Lunatic asylums Central Provinces reports 1895-1909 - 1895-1909
Year: 1895
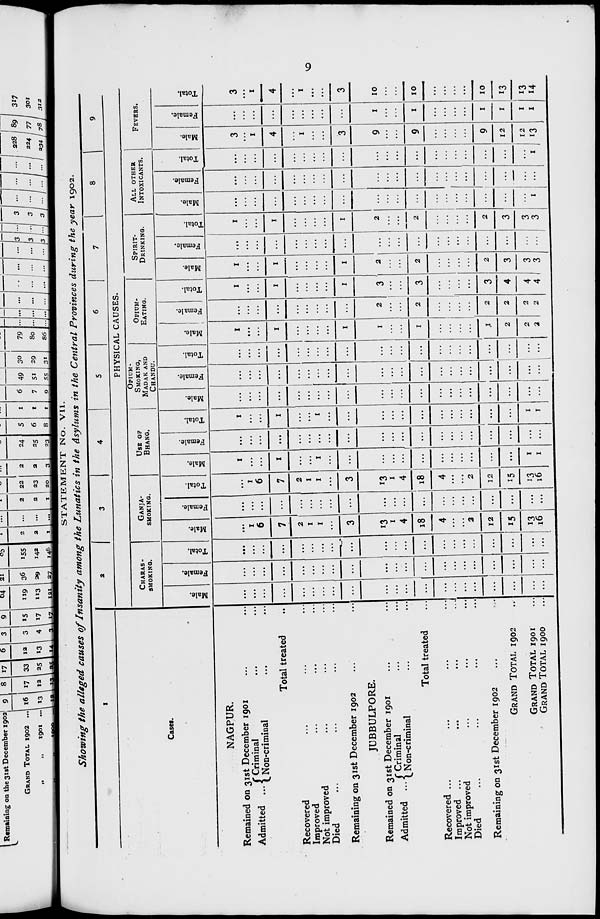
9
STATEMENT No. VII.
Showing the alleged causes of Insanity among the Lunatics in the Asylums in the Central Provinces during the year 1902.
1
Cases.
NAGPUR.
Remained on 31st December 1901 ... ...
Admitted ... Criminal ... ...
Non-criminal ... ...
Total treated ...
Recovered ... ... ...
Improved ... ... ...
Not improved ... ... ...
Died ... ... ... ...
Remaining on 31st December 1902 ... ...
JUBBULPORE.
Remained on 31st December 1901 ... ...
Admitted ... Criminal ... ...
Non-criminal ... ...
Total treated ...
Recovered ... ... ... ...
Improved ...
...
...
Not improved ... ... ... ...
Died
...
...
...
...
Remaining on 31st December 1902 ... ...
GRAND TOTAL 1902 ...
GRAND TOTAL 1901 ...
GRAND TOTAL 1900 ...
2
3
4
5
6
7
8
9
PHYSICAL CAUSES.
CHARAS-
SMOKING.
Male.
...
...
...
...
...
...
...
...
...
...
...
...
...
...
...
...
...
...
...
...
...
Female.
...
...
...
...
...
...
...
...
...
...
...
...
...
...
...
...
...
...
...
...
...
Total.
...
...
...
...
...
...
...
...
...
...
...
...
...
...
...
...
...
...
...
...
...
GANJA-
SMOKING.
Male.
...
1
6
7
2
1
1
...
3
13
1
4
18
4
...
...
2
12
15
13
16
Female.
...
...
...
...
...
...
...
...
...
...
...
...
...
...
...
...
...
...
...
...
...
Total.
...
1
6
7
2
1
1
...
3
13
1
4
18
4
...
...
2
12
15
13
16
USE OF
BHANG.
Male.
1
...
...
1
...
...
1
...
...
...
...
...
...
...
...
...
...
...
...
1
1
Female.
...
...
...
...
...
...
...
...
...
...
...
...
...
...
...
...
...
...
...
...
...
Total.
1
...
...
1
...
...
1
...
...
...
...
...
...
...
...
...
...
...
...
1
1
OPIUM-
SMOKING,
MADAK AND
CHANDU.
Male.
...
...
...
...
...
...
...
...
...
...
...
...
...
...
...
...
...
...
...
...
...
Female.
...
...
...
...
...
...
...
...
...
...
...
...
...
...
...
...
...
...
...
...
...
Total.
...
...
...
...
...
...
...
...
...
...
...
...
...
...
...
...
...
...
...
...
...
OPIUM-
EATING.
Male.
1
...
...
1
...
...
...
...
1
1
...
...
1
...
...
...
...
1
2
2
2
Female.
...
...
...
...
...
...
...
...
...
2
...
...
2
...
...
...
...
2
2
2
2
Total.
1
...
...
1
...
...
...
...
1
3
...
...
3
...
...
...
...
3
4
4
4
SPIRIT-
DRINKING.
Male.
1
...
...
1
...
...
...
...
1
2
...
...
2
...
...
...
...
2
3
3
3
Female.
...
...
...
...
...
...
...
...
...
...
...
...
...
...
...
...
...
...
...
...
...
Total.
1
...
...
1
...
...
...
...
1
2
...
...
2
...
...
...
...
2
3
3
3
ALL OTHER
INTOXICANTS.
Male.
...
...
...
...
...
...
...
...
...
...
...
...
...
...
...
...
...
...
...
...
1
Female.
...
...
...
...
...
...
...
...
...
...
...
...
...
...
...
...
...
...
...
...
...
Total.
...
...
...
...
...
...
...
...
...
...
...
...
...
...
...
...
...
...
...
...
1
FEVERS.
Male.
3
...
1
4
...
1
...
...
3
9
...
...
9
...
...
...
...
9
12
12
13
Female.
...
...
...
...
...
...
...
...
...
1
...
...
1
...
...
...
...
1
1
1
1
Total.
3
...
1
4
...
1
...
...
3
10
...
...
10
...
...
...
...
10
13
13
14